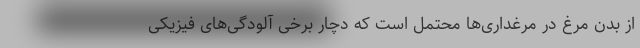
از بدن مرغ در مرغداری‌ها محتمل است که دچار برخی آلودگی‌های فیزیکی